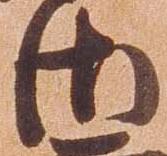
御